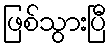
ဖြစ်သွားပြီ